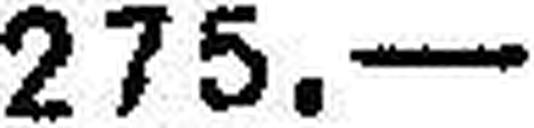
275.—